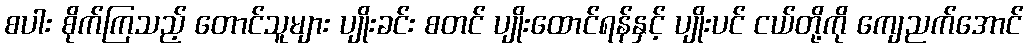
စပါး စိုက်ကြသည့် တောင်သူများ ပျိုးခင်း စတင် ပျိုးထောင်ရန်နှင့် ပျိုးပင် ငယ်တို့ကို ကျေညက်အောင်